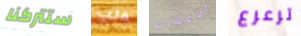
ستتركنا قلب الأعشاب ترعرع